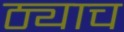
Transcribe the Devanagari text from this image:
ठ्याच